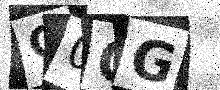
Text: C0OG